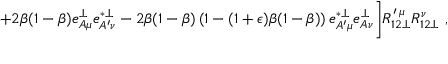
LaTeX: + 2 \beta ( 1 - \beta ) e _ { A \mu } ^ { \perp } e _ { A ^ { \prime } \nu } ^ { * \perp } - 2 \beta ( 1 - \beta ) \left( 1 - ( 1 + \epsilon ) \beta ( 1 - \beta ) \right) e _ { A ^ { \prime } \mu } ^ { * \perp } e _ { A \nu } ^ { \perp } \biggr ] R _ { 1 2 \perp } ^ { \prime \: \mu } R _ { 1 2 \perp } ^ { \nu } ~ ,